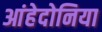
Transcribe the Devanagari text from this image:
आंहेदोनिया